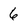
Character: 6